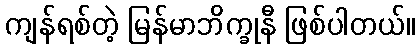
ကျန်ရစ်တဲ့ မြန်မာဘိက္ခုနီ ဖြစ်ပါတယ်။